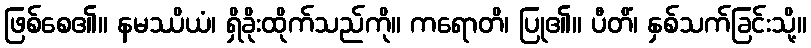
ဖြစ်စေ၏။ နမဿိယံ၊ ရှိခိုးထိုက်သည်ကို။ ကရောတိ၊ ပြု၏။ ပီတိံ၊ နှစ်သက်ခြင်းသို့။